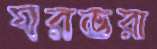
ঘরভরা